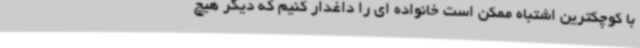
با کوچکترین اشتباه ممکن است خانواده ای را داغدار کنیم که دیگر هیچ